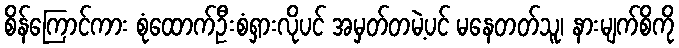
စိန်ကြောင်ကား စုံထောက်ဦးစံရှားလိုပင် အမှတ်တမဲ့ပင် မနေတတ်သူ၊ နားမျက်စိကို